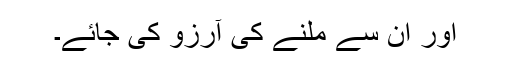
اور ان سے مِلنے کی آرزو کی جائے۔